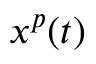
x ^ { p } ( t )